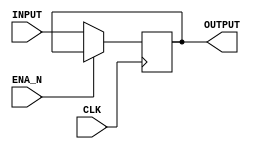
//-----------------------------------------------------------------------------
//University: OIT - CSET
//Class: CST 231
//Lab:Lab 1
//Project: Multiplexed Display
//
//Dependancies:
//-----------------------------------------------------------------------------
//DISCRIPTION:A latch for the 12 bits of data that matter
//-----------------------------------------------------------------------------
module DATA_LATCH
(
	input					CLK,
	input					ENA_N,
	input			[11:0]	INPUT,
	output reg		[11:0]	OUTPUT
);

always@(posedge CLK)
	if(~ENA_N)
		OUTPUT = INPUT;
	else
		OUTPUT = OUTPUT;
endmodule